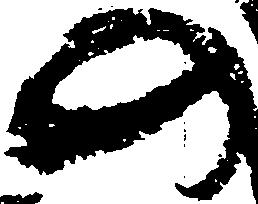
の